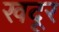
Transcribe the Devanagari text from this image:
खदूर